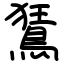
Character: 鵟